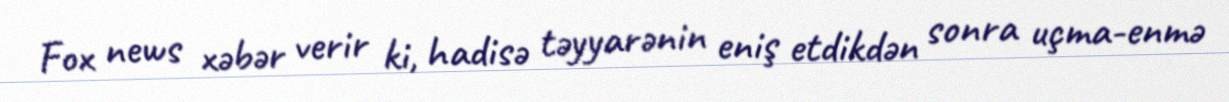
Fox news xəbər verir ki, hadisə təyyarənin eniş etdikdən sonra uçma-enmə